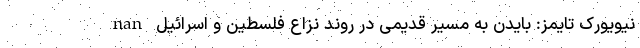
nan نیویورک تایمز: بایدن به مسیر قدیمی در روند نزاع فلسطین و اسرائیل